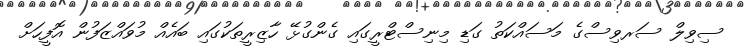
ސިވިލް ސަރވިސްގެ މަސައްކަތު ގަޑި މިނިސްޓްރީގައި ގެންގުޅޭ ހާޒިރީތަކުގައި ބައެއް މުވައްޒަފުން އޮފީހަށް